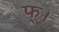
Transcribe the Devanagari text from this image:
फ्।